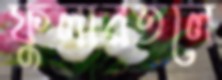
ফুলারতলে